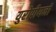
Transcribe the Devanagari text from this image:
युरोपीयनों